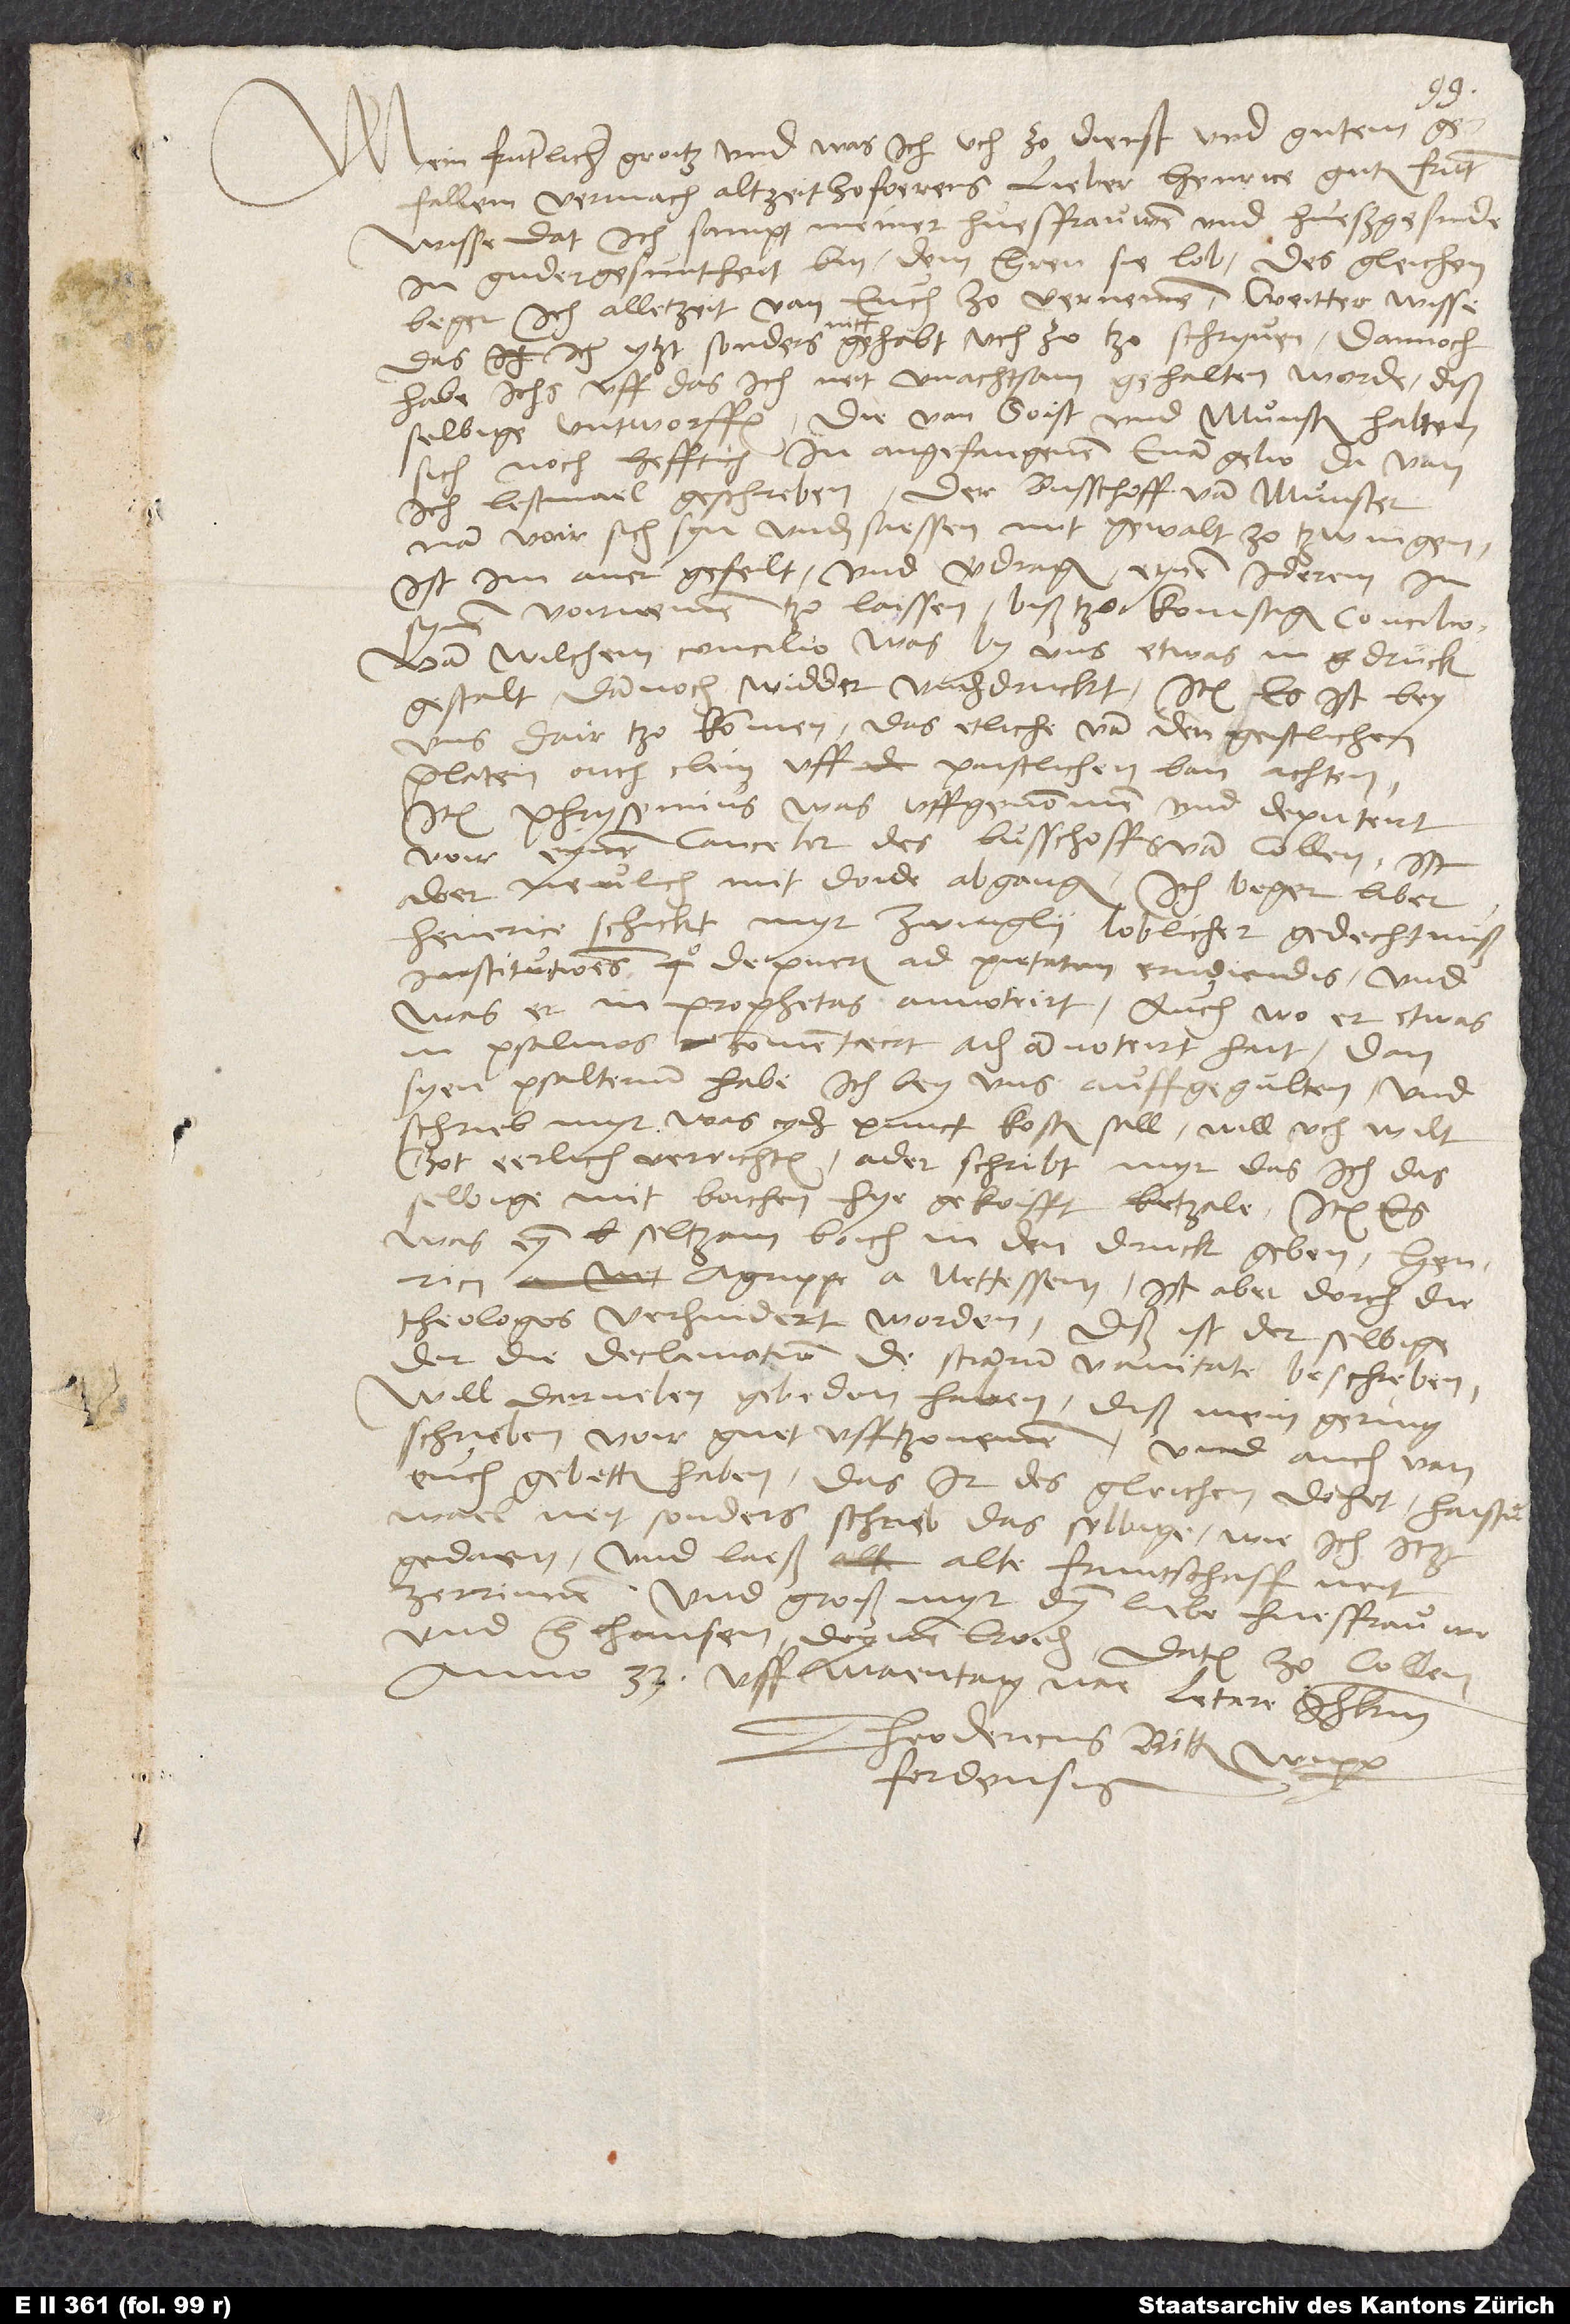
Mein fruntlichen groitz und was ich uch zo dienst und gutem
gefallen vermach altzeit zofoerens. Lieber Heinrice, guter frunt,
wisse, dat ich sampt meiner huesfrauwen und hueßgesinde
in guder gesuntheit bin, dem herren sie lob. Des gleichen
beger ich alletzeit von euch zo vernemen. Weitter wisse,
das ich ytzt sonders nitt gehabt, uch zo tzo schryuen; dannoch
habe ichs, uff das ich neit unachtsam gehalten werde, diß
selbige untworffen. Die von Soist und Munster halten
sich noch hefftich in angefangenem evangelio, davon
ich lestmael geschreben. Der busschoff van Munster
nam voir sich, syn undersaessen mit gewalt zo tzwingen.
Ist im aver gefeilt und verdragen eynen iderem in
voirnemen tzo laissen, biß tzo komstigem concilio.
Van wilchem concilio was by uns etwas in drück
gestalt dannoch widder underdruckt. Item, es ist bey
uns dairtzo kommen, das etliche van den geistlichen
prälaten ouch clein uff pristlichen ban achten.
Item, Phrysemius was uffgenommen und deputiert
voir eynen canceler des busschoffs van Collen ist
aber neulich mit doide, abgangen. Ich beger, liber
Heinrice, schickt myr Zwingly loblicher gedechtnuß
«Institutiones de pueris ad pietatem erudiendis», und
was er in prophetas annotiert, auch wo er etwas
in psalmos commentiert ach annotiert hait, dan
syen psalterium habe ich bey uns auffgegulten. Und
schrieb myr, was yder punct kosten soll; will uch, wilt
got, eerlich verrichten. Oder schribt myr, das ich das
selbige mit boichen hye gekoifft betzale. Item, es
was eyn seltzam boich in den druck geben Henrici
Agrippe a Nettessem. Ist aber dorch die
theologos verhindert worden Diß ist der selbige,
der die «Declamation de scientiarum vanitate» beschreben.
Will dairneben gebeden haben, diß mein gering
schrieben voir guet ufftzonemen, und auch van
euch gebetten haben, das ir desgleichen dohet. Haistu
mael neit sonders, schrieb das selbige wie ich itzt
gedaen und laeß alte fruntschaff neit
zerinnen. Und groiß myr dyn liebe huesfrauwe
und herr Hansen, deynen broider. Datum zo Collen,
anno 33 uff maentag nae Letare Jhm.
Theodericus Bitter